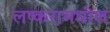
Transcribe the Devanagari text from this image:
लष्करामधील